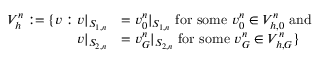
\begin{array} { r l } { V _ { h } ^ { n } : = \{ v : v | _ { S _ { 1 , n } } } & { = v _ { 0 } ^ { n } | _ { S _ { 1 , n } } \mathrm { ~ f o r ~ s o m e ~ } v _ { 0 } ^ { n } \in V _ { h , 0 } ^ { n } \mathrm { ~ a n d ~ } } \\ { v | _ { S _ { 2 , n } } } & { = v _ { G } ^ { n } | _ { S _ { 2 , n } } \mathrm { ~ f o r ~ s o m e ~ } v _ { G } ^ { n } \in V _ { h , G } ^ { n } \} } \end{array}